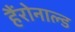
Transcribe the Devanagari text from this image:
हैंरोनाल्ड